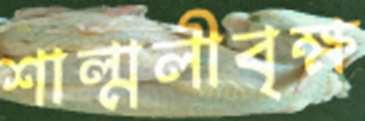
শাল্মলীবৃক্ষ